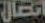
اتصال